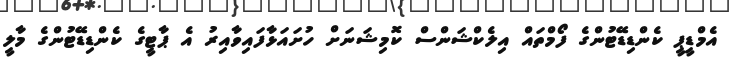
އެމްޑީޕީ ކެންޑިޑޭޓުންގެ ފޯމްތައް އިލެކްޝަންސް ކޮމިޝަނަށް ހުށައަޅާފައިވާއިރު އެ ޕާޓީގެ ކެންޑިޑޭޓުންގެ މާލީ